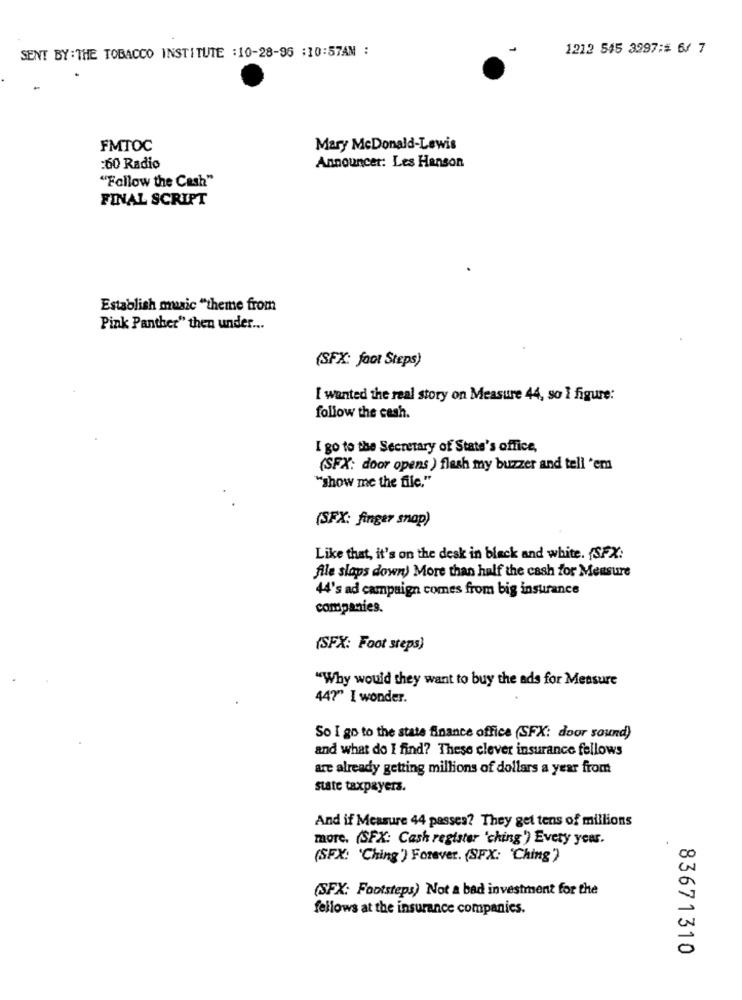
SENT BY: THE TOBACCO INSTITUTE : 10-28-96 :10:57AM :
1212 545 3997:# 6/ 7
FMTOC
Mary McDonald-Lewis
:60 Radio
Announcer: Les Hanson
"Follow the Cash"
FINAL SCRIPT
Establish music "theme from
Pink Panther" then under ...
(SFX: foot Steps)
I wanted the real story on Measure 44, so I figure:
follow the cash.
I go to the Secretary of State's office,
(SFX: door opens ) flash my buzzer and tell 'em
"show me the file."
(SFX: finger snap)
Like that, it's on the desk in black and white. (SFX:
file slaps down) More than half the cash for Mensure
44's ad campaign comes from big insurance
companies.
(SFX: Foot steps)
"Why would they want to buy the ads for Measure
44?" I wonder.
So I go to the state finance office (SFX: door sound)
and what do I find? These clever insurance fellows
are already getting millions of dollars a year from
state taxpayers.
And if Measure 44 passes? They get tens of millions
more. (SFX: Cash register 'ching') Every year.
20
(SFX: 'Ching') Forever. (SFX: 'Ching')
(SFX: Footsteps) Not a bad investment for the
fellows at the insurance companies.
0
83671310